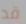
قد